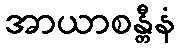
အာယာစန္တီနံ